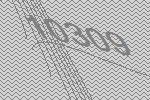
10309